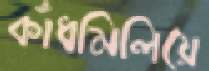
কাঁধমিলিয়ে